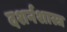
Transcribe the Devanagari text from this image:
दशर्नशास्त्र